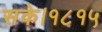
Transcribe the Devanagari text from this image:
सके।१८१५